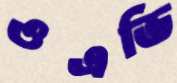
ওএভি